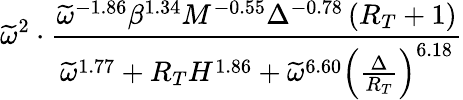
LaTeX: \widetilde\omega^{2}\cdot\frac{\widetilde{\omega}^{-1.86}\beta^{1.34}M^{-0.55}\Delta^{-0.78}\left(R_{T}+1\right)}{\widetilde{\omega}^{1.77}+R_{T}H^{1.86}+\widetilde{\omega}^{6.60}\left(\frac{\Delta}{R_{T}}\right)^{6.18}}